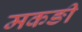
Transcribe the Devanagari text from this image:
मकङी